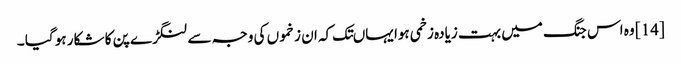
[14] وہ اس جنگ میں بہت زیادہ زخمی ہوا یہاںتک کہ ان زخموں کی وجہ سے لنگڑے پن کا شکار ہو گیا ۔